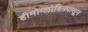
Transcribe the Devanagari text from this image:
हीमोग्लोबिनपासून